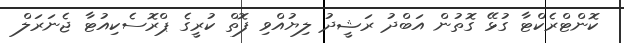
ކޮންޓްރެކްޓާ ގުޅޭ ގޮތުން އަބްދު ރަޝީދު ލިޔުއްވި ފޮތް ކުރީގެ ޕްރޮސެކިއުޓާ ޖެނަރަލް